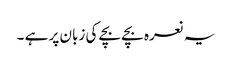
یہ نعرہ بچے بچے کی زبان پر ہے ۔